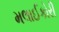
મલાઈકોરી